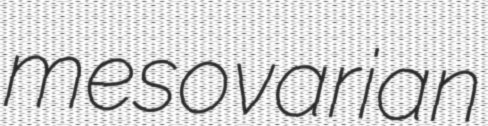
mesovarian